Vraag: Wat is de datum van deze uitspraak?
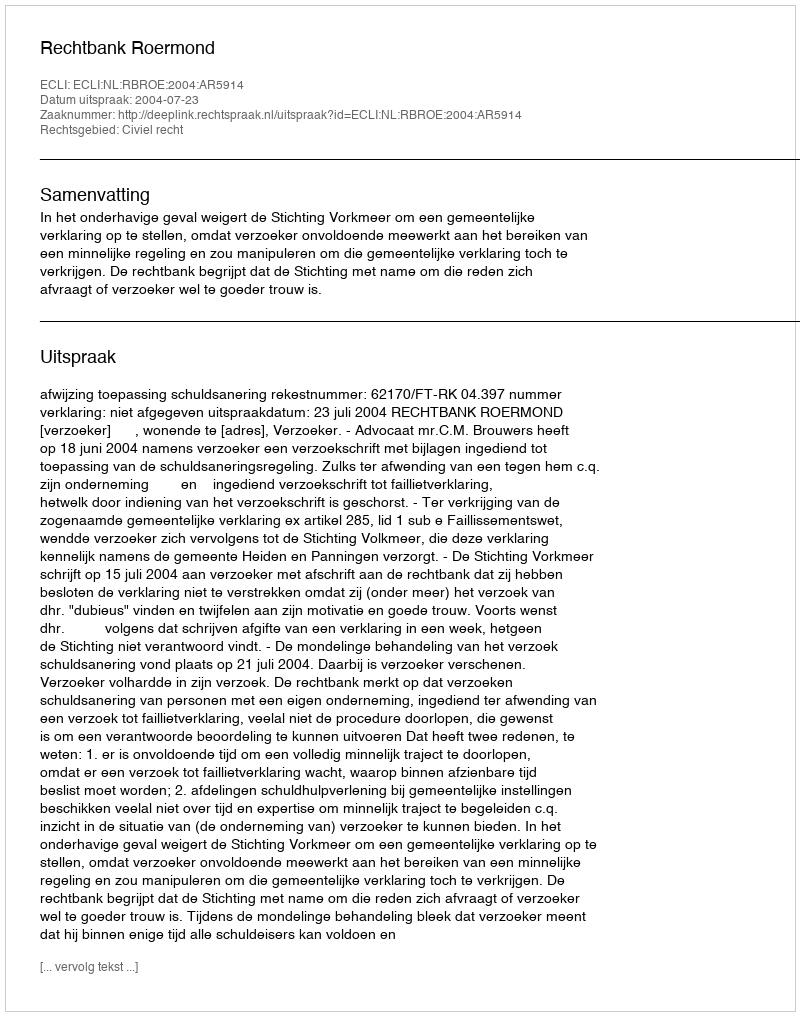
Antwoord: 2004-07-23